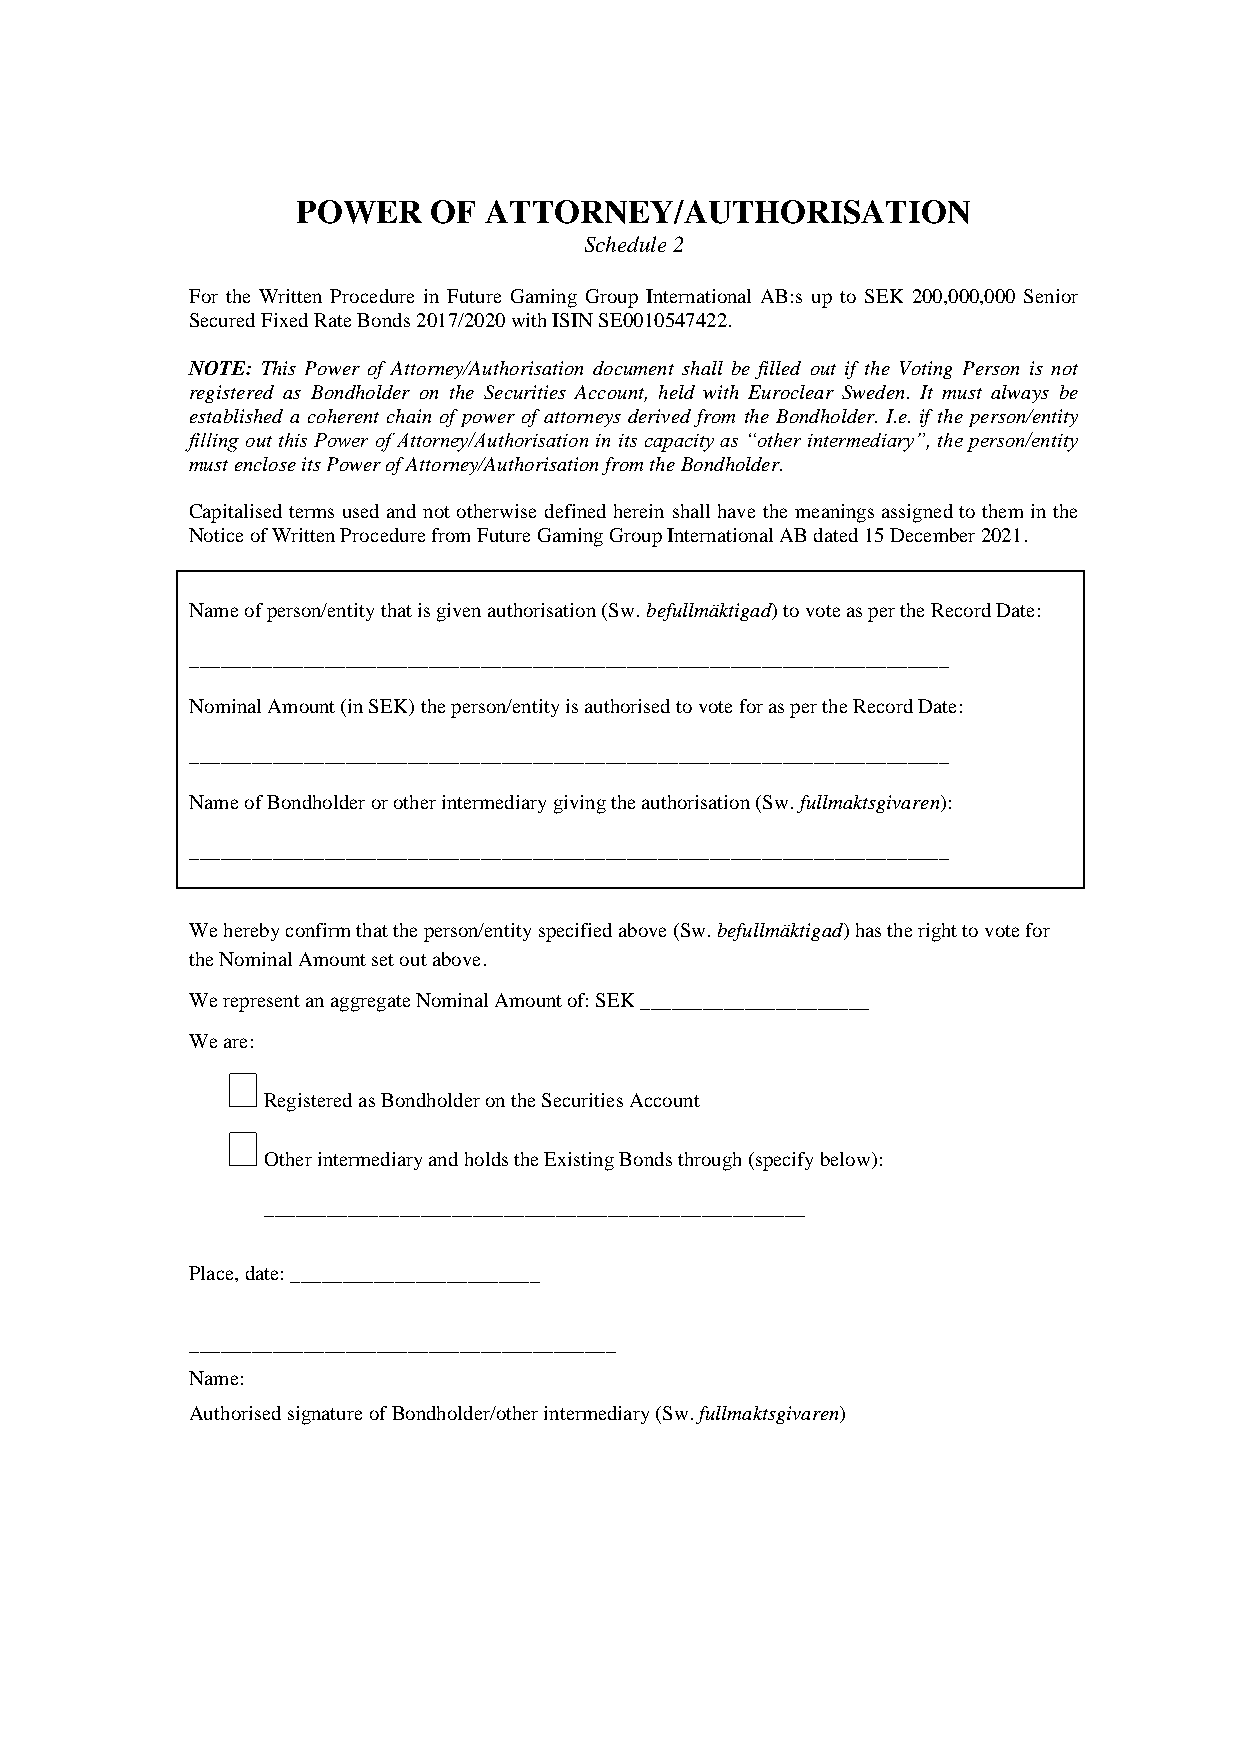
POWER   OF  ATTORNEY/AUTHORISATION
 Schedule 2
 For the Written Procedure in Future Gaming Group International AB:s up to SEK 200,000,000 Senior
 Secured Fixed Rate Bonds 2017/2020 with ISIN SE0010547422.
 NOTE: This Power of Attorney/Authorisation document shall be filled out if the Voting Person is not
 registered as Bondholder on the Securities Account, held with Euroclear Sweden. It must always be
 established a coherent chain of power of attorneys derived from the Bondholder. I.e. if the person/entity
 filling out this Power of Attorney/Authorisation in its capacity as “other intermediary”, the person/entity
 must enclose its Power of Attorney/Authorisation from the Bondholder.
 Capitalised terms used and not otherwise defined herein shall have the meanings assigned to them in the
 Notice of Written Procedure from Future Gaming Group International AB dated 15 December 2021.
 Name of person/entity that is given authorisation (Sw. befullmäktigad) to vote as per the Record Date:
 _________________________________________________________________________
 Nominal Amount (in SEK) the person/entity is authorised to vote for as per the Record Date:
 _________________________________________________________________________
 Name of Bondholder or other intermediary giving the authorisation (Sw. fullmaktsgivaren):
 _________________________________________________________________________
 We hereby confirm that the person/entity specified above (Sw. befullmäktigad) has the right to vote for
 the Nominal Amount set out above.
 We represent an aggregate Nominal Amount of: SEK ______________________
 We are:
 
 Registered as Bondholder on the Securities Account
 
 Other intermediary and holds the Existing Bonds through (specify below):
 ____________________________________________________
 Place, date: ________________________
 _________________________________________
 Name:
 Authorised signature of Bondholder/other intermediary (Sw. fullmaktsgivaren)